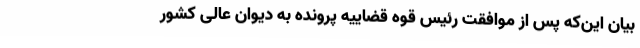
بیان این‌که پس از موافقت رئیس قوه قضاییه پرونده به دیوان عالی کشور